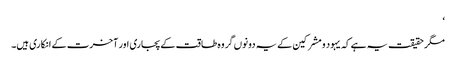
‘
مگر حقیقت یہ ہے کہ یہود و مشرکین کے یہ دونوں گروہ طاقت کے پجاری اور آخرت کے انکاری ہیں۔